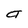
Character: a